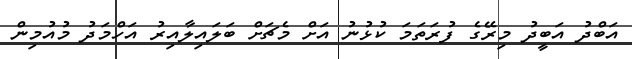
އަބްދު އަބީދު މިރޭގެ ފުރަތަމަ ކުޅުނު އަށް މެޗަށް ބަލައިލާއިރު އަހްމަދު މުއުމިން